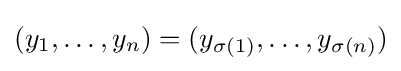
(y_{1},\ldots ,y_{n})=(y_{\sigma (1)},\ldots ,y_{\sigma (n)})